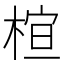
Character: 𪲩